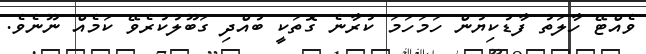
ވެއްޓޭ ހާލަތު ފާޑުކިޔުން ހަމަހަމަ ކުރާނެ ގޮތަކީ ބުއްދި ގަބޫލުކުރެވޭ ކަމެއް ނޫނެވެ.